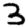
Digit: 3